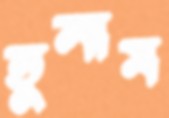
তুলাম